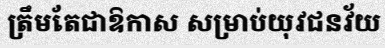
ត្រឹមតែជាឱកាស សម្រាប់យុវជនវ័យ